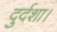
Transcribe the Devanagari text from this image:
दुर्दशा।